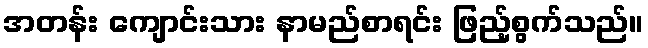
အတန်း ကျောင်းသား နာမည်စာရင်း ဖြည့်စွက်သည်။